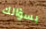
بسؤالك